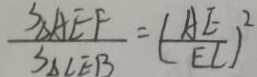
\frac { S _ { \Delta A E F } } { S _ { \Delta C E B } } = ( \frac { A E } { E C } ) ^ { 2 }